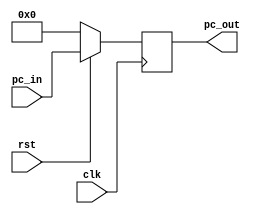
module pc(
    input clk, rst,
    output reg [31:0] pc_out,
    input [31:0] pc_in
);

always @(negedge clk) begin
    if (rst==1) pc_out=pc_in;
    else pc_out=32'h00000000;
end

endmodule